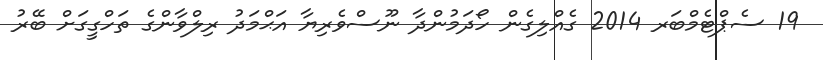
19 ސެޕްޓެމްބަރ 2014 ގެއްލިގެން ހޯދަމުންދާ ނޫސްވެރިޔާ އަޙްމަދު ރިލްވާންގެ ތަހްގީގަށް ބޭރު